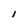
Character: l